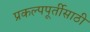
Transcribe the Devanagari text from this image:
प्रकल्पपूर्तीसाठी